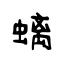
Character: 螭